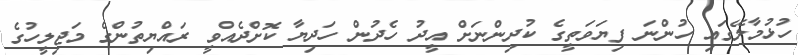
ހުޅުމާލޭގައި ހުންނަ ފިޔަވަތީގެ ކުދިންނަށް އީދު ހެދުން ހަދިޔާ ކޮށްދެއްވީ ރައްޔިތުންގެ މަޖިލީހުގެ